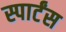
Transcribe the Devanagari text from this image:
स्पार्टंस